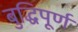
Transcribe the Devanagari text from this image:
बुद्धिपूर्ण